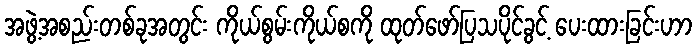
အဖွဲ့အစည်းတစ်ခုအတွင်း ကိုယ်စွမ်းကိုယ်စကို ထုတ်ဖော်ပြသပိုင်ခွင့် ပေးထားခြင်းဟာ